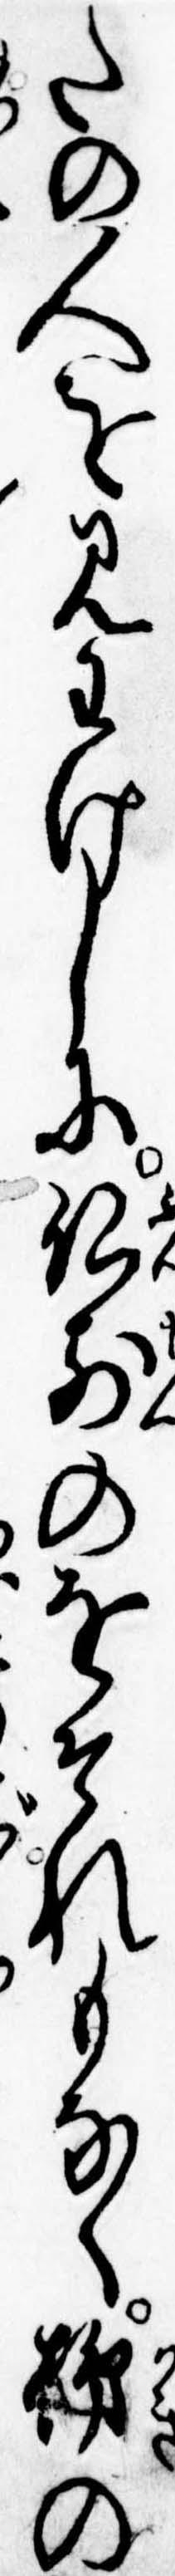
たの人を見わけしに仏前のをそれもなく柿の